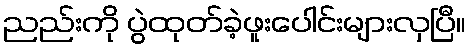
ညည်းကို ပွဲထုတ်ခဲ့ဖူးပေါင်းများလှပြီ။